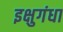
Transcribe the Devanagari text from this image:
इक्षुगंधा